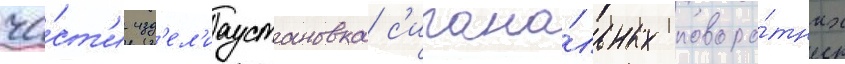
ча́ст'и изд'ел'иаустановка с'игна́льных поворо́тных